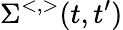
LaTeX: \Sigma^{<,>}(t,t^{\prime})